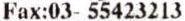
FAX:03- 55423213